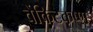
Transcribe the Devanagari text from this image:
वेंकिटकृष्ण